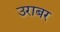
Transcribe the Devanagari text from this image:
उराबर